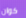
كوان